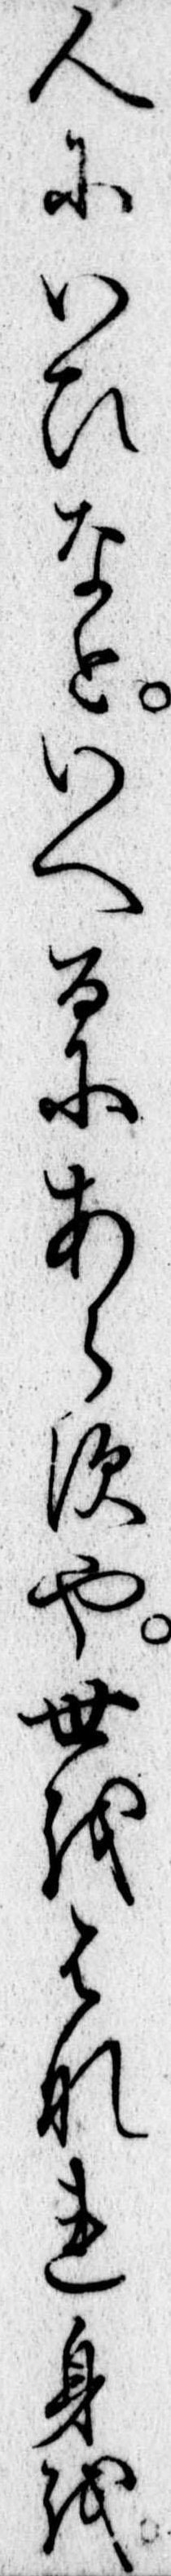
人にいひなといへるにあらすや世をはなれ身を